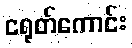
ငရုတ်ကောင်း